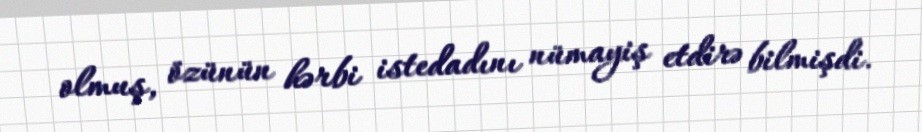
olmuş, özünün hərbi istedadını nümayiş etdirə bilmişdi.